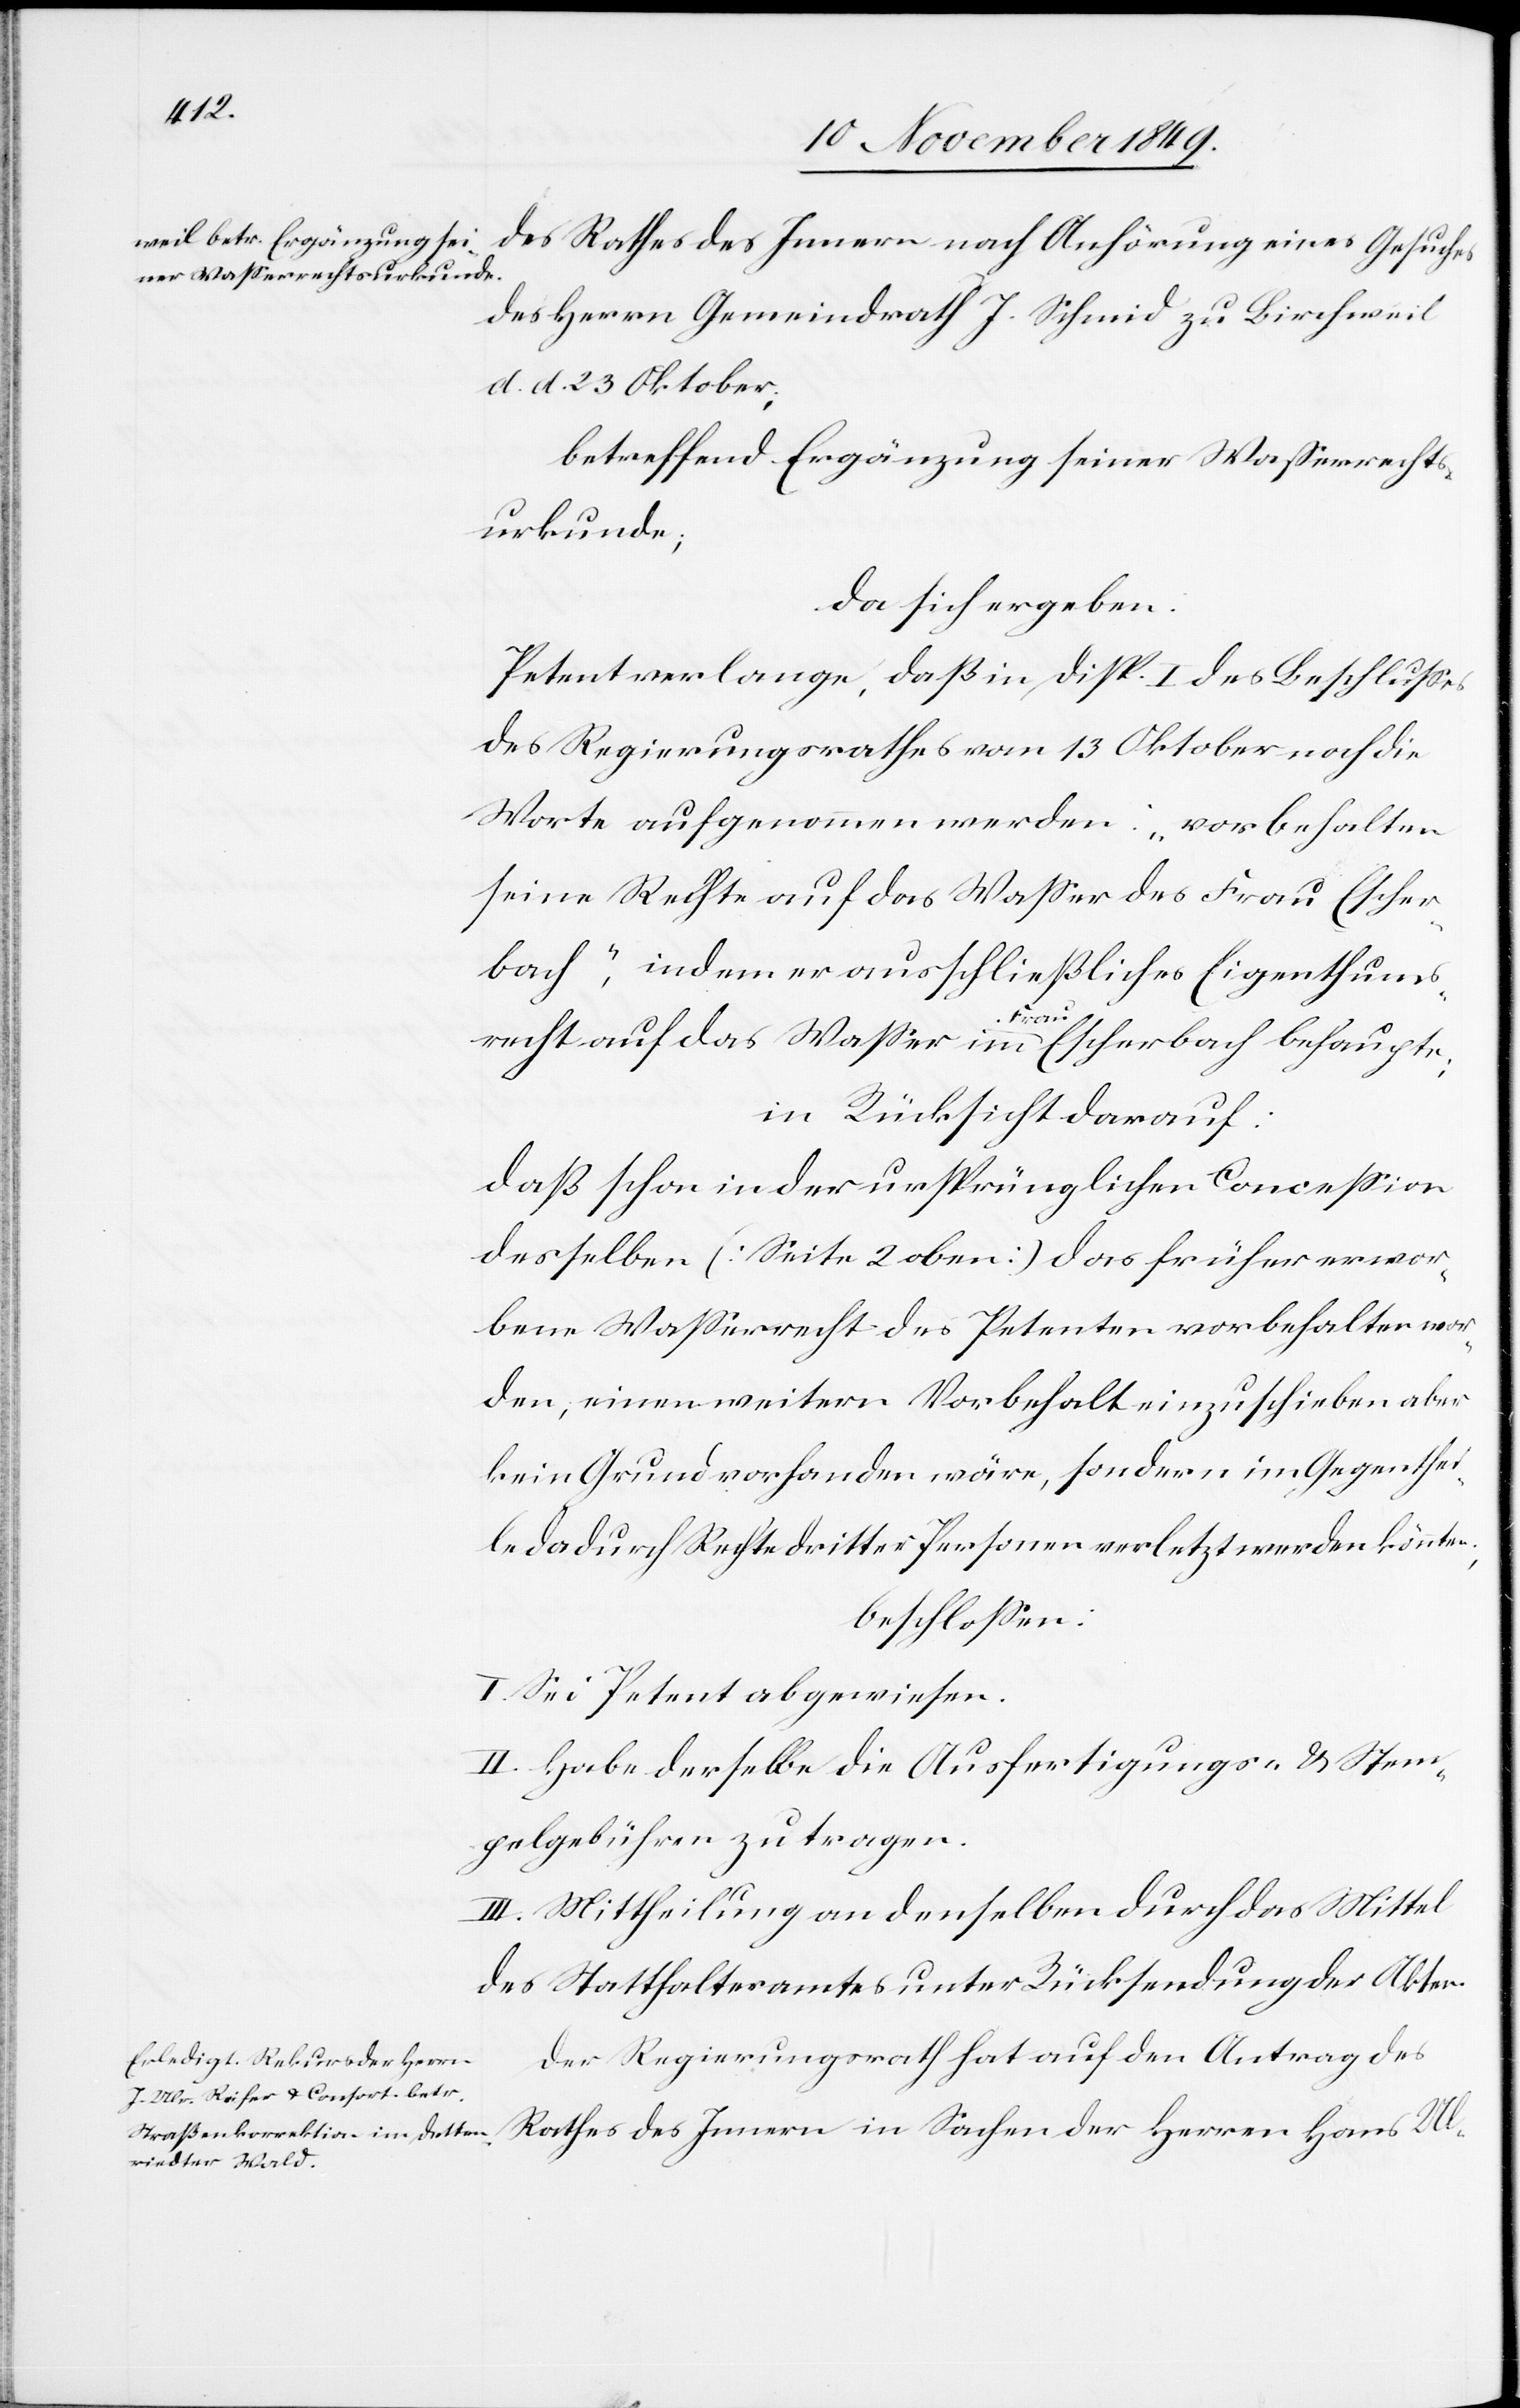
des Herrn Gemeindrath J. Schmid zu Birchweil
d. d. 23 Oktober;
betreffend Ergänzung seiner Waßerrechts¬
urkunde;
da sich ergeben:
Petent verlange, daß in Disp. I des Beschlußes
des Regierungsrathes vom 13 Oktober noch die
Worte aufgenommen werden: „vorbehalten
seine Rechte auf das Waßer der Frau Escher¬
bach“, indem er ausschließliches Eigenthums¬
Frau
in Rücksicht darauf:
daß schon in der ursprünglichen Conceßion
desselben [Seite 2 oben] das früher erwor¬
bene Waßerrecht des Petenten vorbehalten wor¬
den, eine weitern Vorbehalt einzuschieben aber
kein Grund vorhanden wäre, sondern im Gegenthei¬
l dadurch Rechte dritter Personen verletzt werden könnten;
beschloßen:
I. Sei Petent abgewiesen.
II. Habe derselbe die Ausfertigungs- u. Stem¬
pelgebühren zu tragen.
III. Mittheilung an denselben durch das Mittel
des Statthalteramtes unter Rücksendung der Akten.
Der Regierungsrath hat auf den Antrag des
Rathes des Innern in Sachen der Herren Hans Ulr-